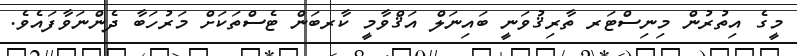
މީގެ އިތުރުން މިނިސްޓަރ ތާރިޤުވަނީ ބައިނަލް އަޤްވާމީ ކާރބަން ޓެސްތަކަށް މަރުހަބާ ދެންނަވާފައެވެ.